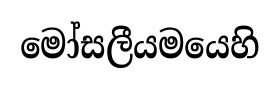
මෝසලීයමයෙහි